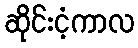
ဆိုင်းငံ့ကာလ